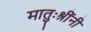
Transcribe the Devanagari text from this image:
मातुःश्रींनी